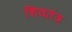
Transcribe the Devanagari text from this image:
शिवतंत्र